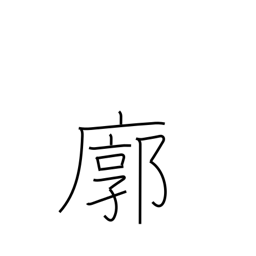
Meaning: quarter